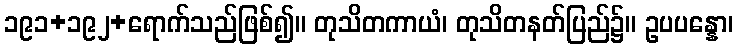
၁၉၁+၁၉၂+ရောက်သည်ဖြစ်၍။ တုသိတကာယံ၊ တုသိတနတ်ပြည်၌။ ဥပပန္နော၊